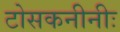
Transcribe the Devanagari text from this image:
टोसकनीनीः